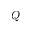
Q